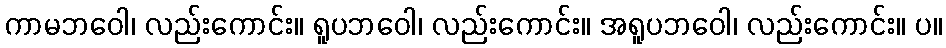
ကာမဘဝေါ၊ လည်းကောင်း။ ရူပဘဝေါ၊ လည်းကောင်း။ အရူပဘဝေါ၊ လည်းကောင်း။ ပ။